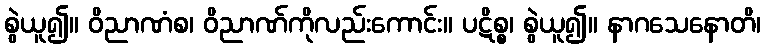
စွဲယူ၍။ ဝိညာဏံစ၊ ဝိညာဏ်ကိုလည်းကောင်း။ ပဋိစ္စ၊ စွဲယူ၍။ နာဂသေနောတိ၊